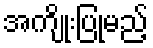
အကျိုးပြုမည့်